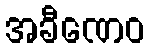
အခီဏေဝ